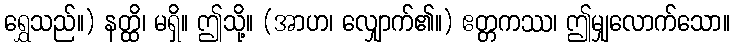
ရွှေသည်။) နတ္ထိ၊ မရှိ။ ဤသို့။ (အာဟ၊ လျှောက်၏။) ဧတ္တကဿ၊ ဤမျှလောက်သော။